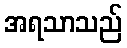
အရသာသည်